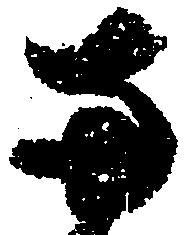
両